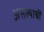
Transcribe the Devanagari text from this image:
असल्याचीं